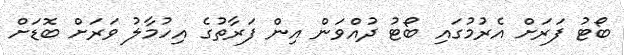
ބޯޓު ފަރަށް އެރުމުގައި ބޯޓު ދުއްވަން އިން ފަރާތުގެ އިހުމާލު ވަރަށް ބޮޑަށް